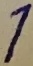
Text: 1